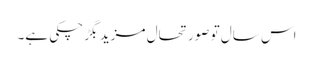
اس سال تو صورتحال مزید بگڑ چکی ہے۔